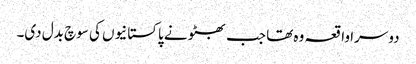
دوسرا واقعہ وہ تھا جب بھٹو نے پاکستانیوں کی سوچ بدل دی۔